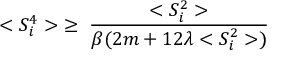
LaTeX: < S _ { i } ^ { 4 } > \; \ge \; \frac { < S _ { i } ^ { 2 } > } { \beta ( 2 m + 1 2 \lambda < S _ { i } ^ { 2 } > ) }